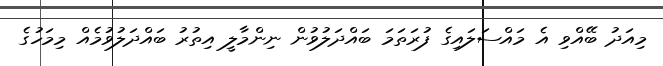
މިއަދު ބޭއްވި އެ މައްސަލައިގެ ފުރަތަމަ ބައްދަލުވުން ނިންމާލީ އިތުރު ބައްދަލުވުމެއް މިމަހުގެ